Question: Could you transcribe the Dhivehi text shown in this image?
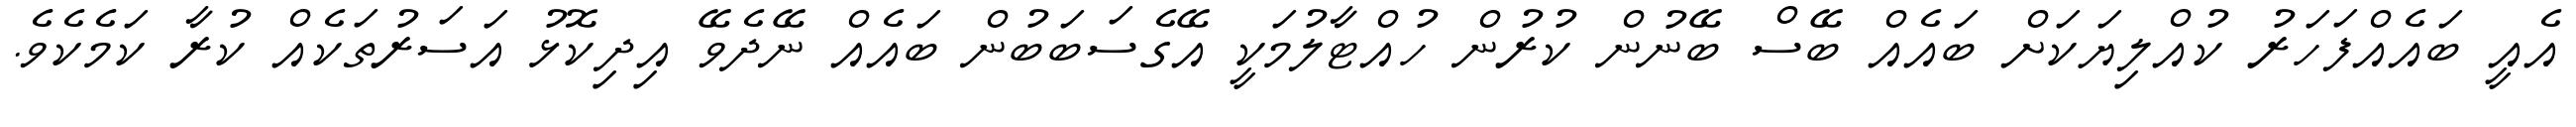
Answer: އެއީ ބައެއްފަހަރު ކުއްލިޔަކަށް ބައެއް ބޭސް ބޭނުން ކުރުން ހުއްޓާލުމަކީ އޭގެސަބަބުން ބައެއް ނޭދެވޭ އިދިކޮޅު އަސަރުތަކެއް ކުރާ ކަމެކެވެ.